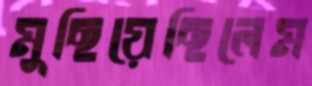
মুছিয়েছিলেম